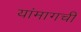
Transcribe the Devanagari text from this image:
यांमागची